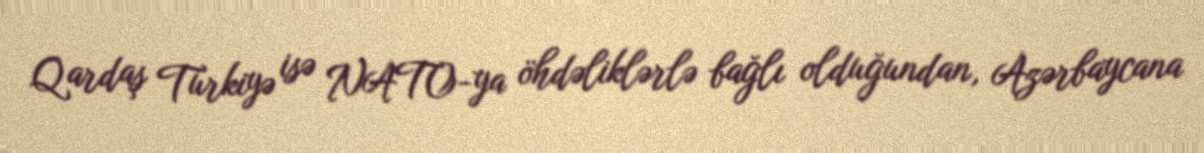
Qardaş Türkiyə isə NATO-ya öhdəliklərlə bağlı olduğundan, Azərbaycana